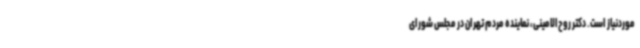
موردنیاز است. دکتر روح‌الامینی، نماینده مردم تهران در مجلس شورای